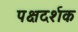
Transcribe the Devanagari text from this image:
पक्षदर्शक